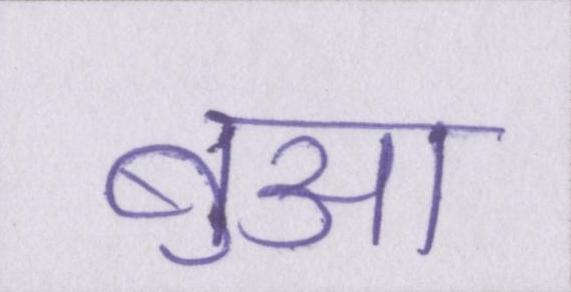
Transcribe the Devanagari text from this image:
बुआ